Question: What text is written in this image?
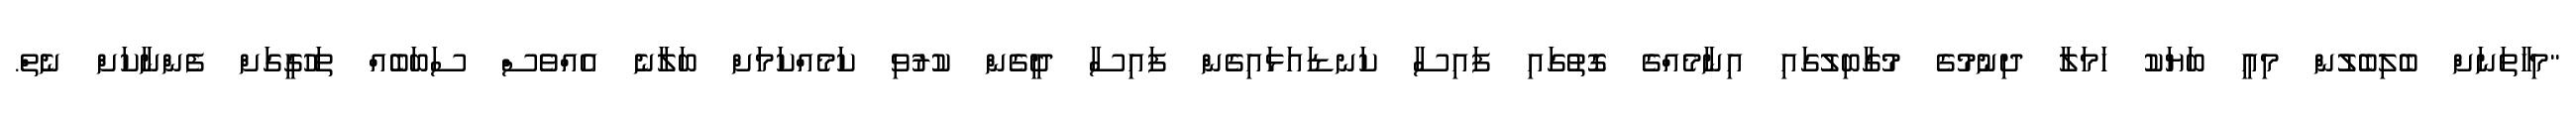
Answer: "މިހާތަނަށް ބެލިބެލުން މިއީ ބަޔަކު ހަމަލާ ދިނުމުގެ މުގާބިލުގައި އިނާމެއްގެ ގޮތުގައި ފައިސާ ކަނޑައަޅައިގެން ފައިސާ ދީގެން ކުރުވި ކަމެއްކަމަށް ބަލާނެ އެއްވެސް ސަބަބެއް ތަހުގީގަށް ފެންނާކަށް ނެތް.